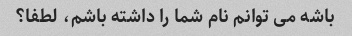
باشه می توانم نام شما را داشته باشم، لطفا؟